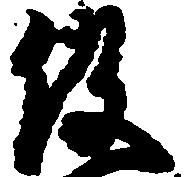
役